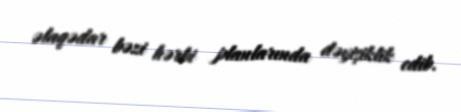
əlaqədar bəzi hərbi planlarında dəyişiklik edib.